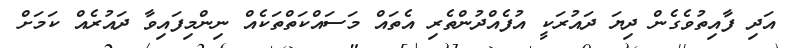
އަދި ފާއިތުވެގެން ދިޔަ ދައުރަކީ އުފެއްދުންތެރި އެތައް މަސައްކަތްތަކެއް ނިންމިފައިވާ ދައުރެއް ކަމަށް